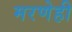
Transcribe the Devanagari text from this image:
मरणेही